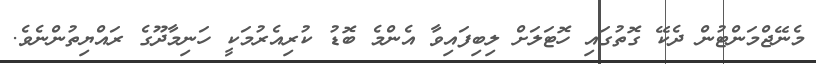
މެނޭޖްމަންޓުން ދެކޭ ގޮތުގައި ހޮޓަލަށް ލިބިފައިވާ އެންމެ ބޮޑު ކުރިއެރުމަކީ ހަނިމާދޫގެ ރައްޔިތުންނެވެ.